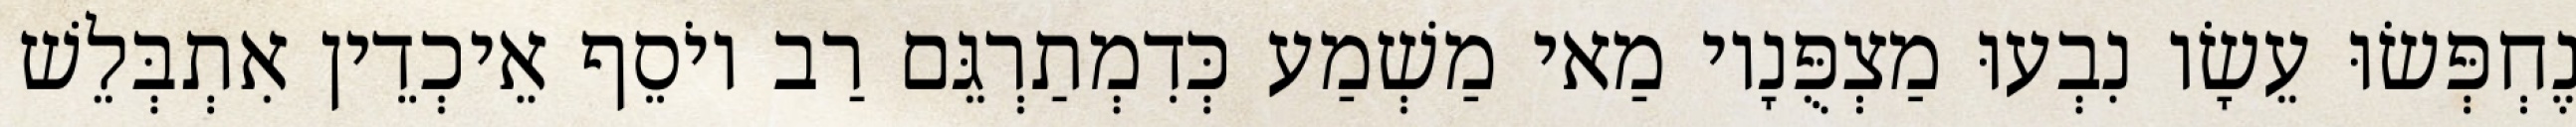
נֶחְפְּשׂוּ עֵשָׂו נִבְעוּ מַצְפֻּנָיו מַאי מַשְׁמַע כְּדִמְתַרְגֵּם רַב יוֹסֵף אֵיכְדֵין אִתְבְּלֵשׁ